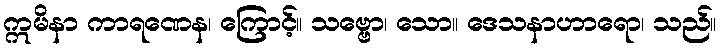
ဣမိနာ ကာရဏေန၊ ကြောင့်။ သဗ္ဗော၊ သော။ ဒေသနာဟာရော၊ သည်။